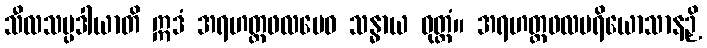
သီလသမ္ပဒါယာတိ ဣဒံ အရဟတ္တဖလမေဝ သန္ဓာယ ဝုတ္တံ။ အရဟတ္တဖလပရိယောသာနဉှိ